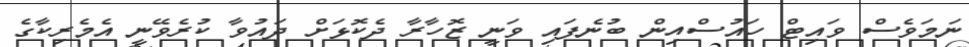
ނަމަވެސް ވައިޓް ހައުސްއިން ބުނެފައި ވަނީ ޒޮހާރާ ދެކޮޅަށް ދައުވާ ކުރެވޭނީ އެމެރިކާގެ